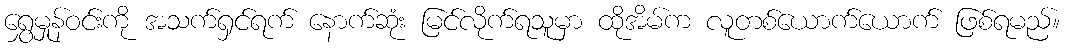
ရွှေမှုန်ဝင်းကို အသက်ရှင်ရက် နောက်ဆုံး မြင်လိုက်ရသူမှာ ထိုအိမ်က လူတစ်ယောက်ယောက် ဖြစ်ရမည်။